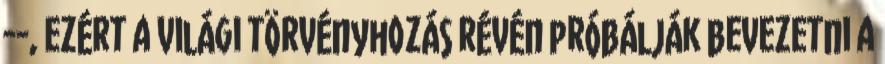
--, ezért a világi törvényhozás révén próbálják bevezetni a